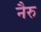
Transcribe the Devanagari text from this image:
नैरु